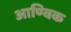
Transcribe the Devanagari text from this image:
आण्‍विक